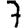
Digit: 7